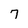
Character: 7